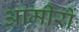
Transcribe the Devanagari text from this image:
आमीरों